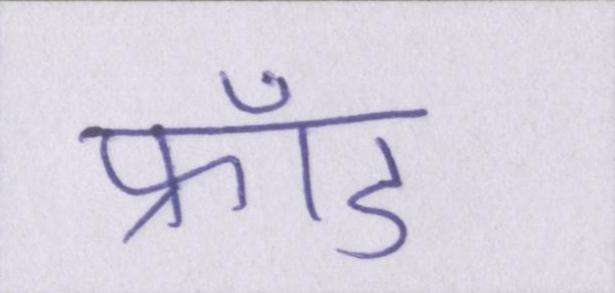
फ्रॉड